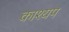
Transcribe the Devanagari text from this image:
काश्‍यप